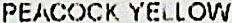
PEACOCK YELLOW